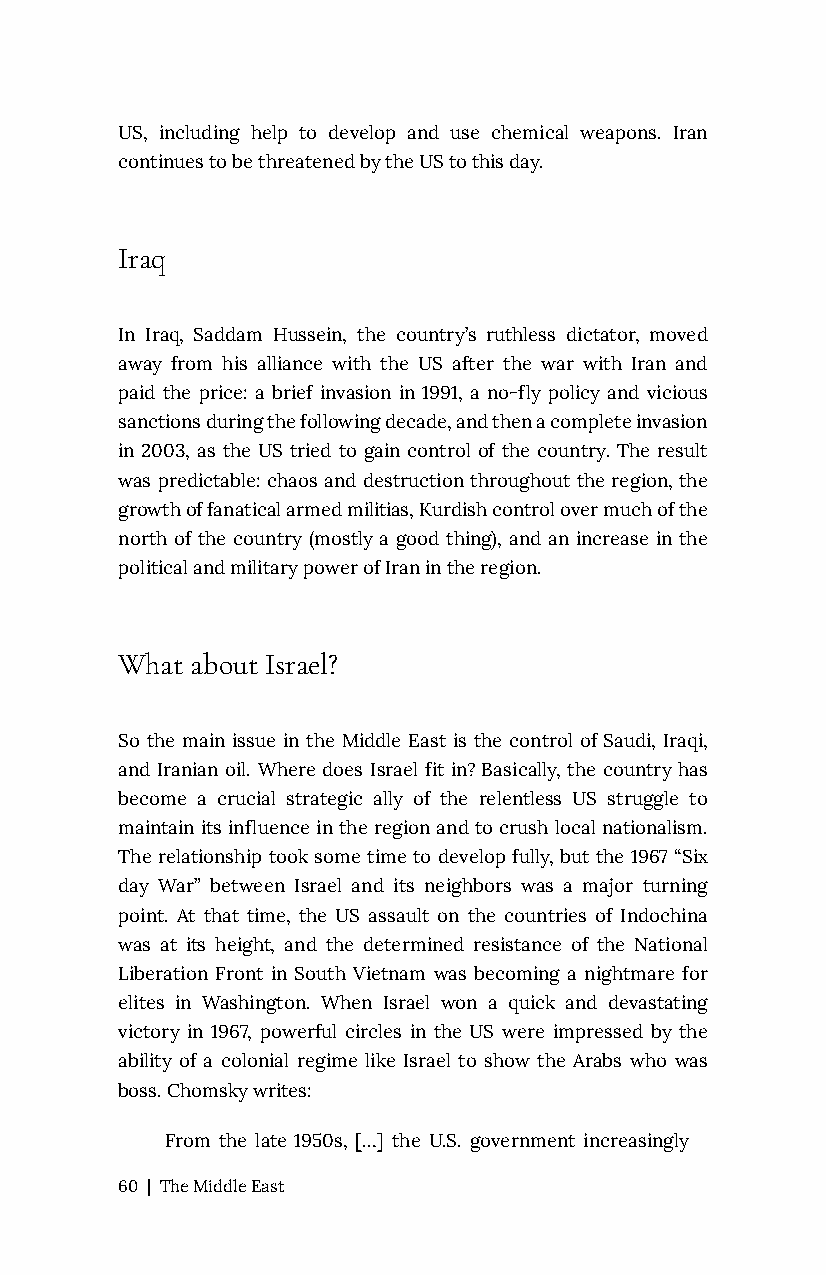
US, including help to develop and use chemical weapons. Iran
 continues to be threatened by the US to this day.
 Iraq
 In Iraq, Saddam Hussein, the country’s ruthless dictator, moved
 away from his alliance with the US after the war with Iran and
 paid the price: a brief invasion in 1991, a no-fly policy and vicious
 sanctions during the following decade, and then a complete invasion
 in 2003, as the US tried to gain control of the country. The result
 was predictable: chaos and destruction throughout the region, the
 growth of fanatical armed militias, Kurdish control over much of the
 north of the country (mostly a good thing), and an increase in the
 political and military power of Iran in the region.
 What about Israel?
 So the main issue in the Middle East is the control of Saudi, Iraqi,
 and Iranian oil. Where does Israel fit in? Basically, the country has
 become a crucial strategic ally of the relentless US struggle to
 maintain its influence in the region and to crush local nationalism.
 The relationship took some time to develop fully, but the 1967 “Six
 day War” between Israel and its neighbors was a major turning
 point. At that time, the US assault on the countries of Indochina
 was at its height, and the determined resistance of the National
 Liberation Front in South Vietnam was becoming a nightmare for
 elites in Washington. When Israel won a quick and devastating
 victory in 1967, powerful circles in the US were impressed by the
 ability of a colonial regime like Israel to show the Arabs who was
 boss. Chomsky writes:
 From the late 1950s, […] the U.S. government increasingly
 60 | The Middle East